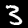
Digit: 3